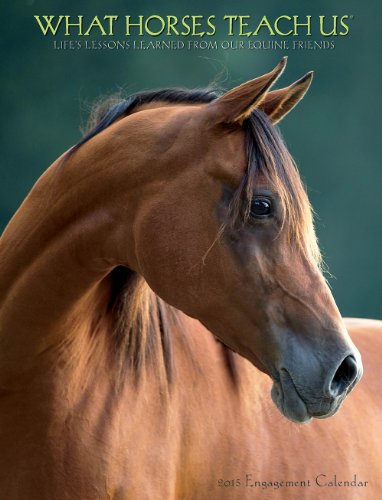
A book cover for What Horses Teach Us 2015 Engagement Calendar; Willow Creek Press; Calendars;